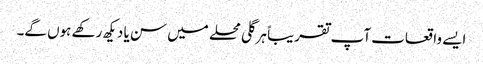
ایسے واقعات آپ تقریباً ہر گلی محلے میں سن یا دیکھ رکھے ہوں گے۔